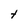
Character: t